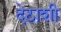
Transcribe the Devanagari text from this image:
देठाशी